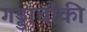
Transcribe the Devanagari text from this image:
गड्डाचौकी